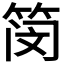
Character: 𫂃